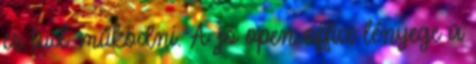
ez tud működni. A jó open office lényege a